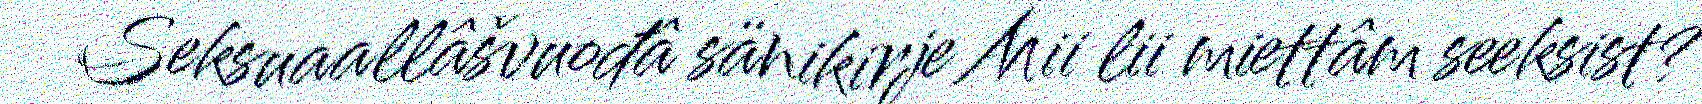
Seksuaallâšvuođâ sänikirje Mii lii miettâm seeksist?